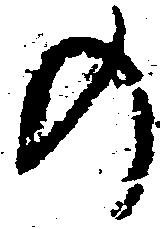
の